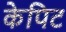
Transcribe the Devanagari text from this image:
केपिट